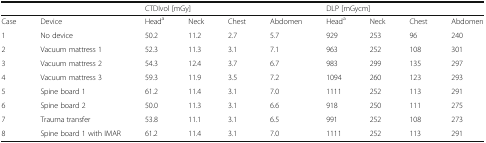
<table><thead><tr><td></td><td></td><td colspan="4"><b>CTDIvol [mGy]</b></td><td colspan="4"><b>DLP [mGycm]</b></td></tr></thead><tbody><tr><td>Case</td><td>Device</td><td>Head<sup>a</sup></td><td>Neck</td><td>Chest</td><td>Abdomen</td><td>Head<sup>a</sup></td><td>Neck</td><td>Chest</td><td>Abdomen</td></tr><tr><td>1</td><td>No device</td><td>50.2</td><td>11.2</td><td>2.7</td><td>5.7</td><td>929</td><td>253</td><td>96</td><td>240</td></tr><tr><td>2</td><td>Vacuum mattress 1</td><td>52.3</td><td>11.3</td><td>3.1</td><td>7.1</td><td>963</td><td>252</td><td>108</td><td>301</td></tr><tr><td>3</td><td>Vacuum mattress 2</td><td>54.3</td><td>12.4</td><td>3.7</td><td>6.7</td><td>983</td><td>299</td><td>135</td><td>297</td></tr><tr><td>4</td><td>Vacuum mattress 3</td><td>59.3</td><td>11.9</td><td>3.5</td><td>7.2</td><td>1094</td><td>260</td><td>123</td><td>293</td></tr><tr><td>5</td><td>Spine board 1</td><td>61.2</td><td>11.4</td><td>3.1</td><td>7.0</td><td>1111</td><td>252</td><td>113</td><td>291</td></tr><tr><td>6</td><td>Spine board 2</td><td>50.0</td><td>11.3</td><td>3.1</td><td>6.6</td><td>918</td><td>250</td><td>111</td><td>275</td></tr><tr><td>7</td><td>Trauma transfer</td><td>53.8</td><td>11.1</td><td>3.1</td><td>6.5</td><td>991</td><td>252</td><td>108</td><td>273</td></tr><tr><td>8</td><td>Spine board 1 with IMAR</td><td>61.2</td><td>11.4</td><td>3.1</td><td>7.0</td><td>1111</td><td>252</td><td>113</td><td>291</td></tr></tbody></table>